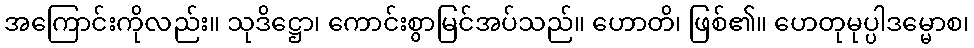
အကြောင်းကိုလည်း။ သုဒိဋ္ဌော၊ ကောင်းစွာမြင်အပ်သည်။ ဟောတိ၊ ဖြစ်၏။ ဟေတုမုပ္ပါဒမ္မောစ၊